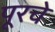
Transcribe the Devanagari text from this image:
पूरचे